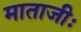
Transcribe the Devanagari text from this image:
माताजीः